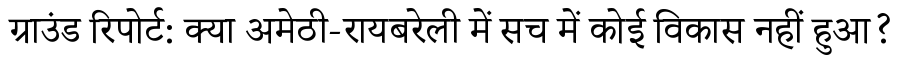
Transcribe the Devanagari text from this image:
ग्राउंड रिपोर्ट: क्या अमेठी-रायबरेली में सच में कोई विकास नहीं हुआ?